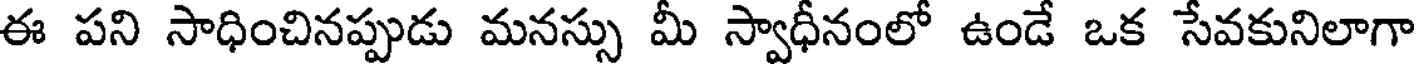
ఈ పని సాధించినప్పుడు మనస్సు మీ స్వాధీనంలో ఉండే ఒక సేవకునిలాగా